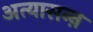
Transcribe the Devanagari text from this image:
अत्यासन्ऩ